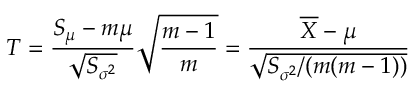
T = { \frac { S _ { \mu } - m \mu } { \sqrt { S _ { \sigma ^ { 2 } } } } } { \sqrt { \frac { m - 1 } { m } } } = { \frac { { \overline { { X } } } - \mu } { \sqrt { S _ { \sigma ^ { 2 } } / ( m ( m - 1 ) ) } } }